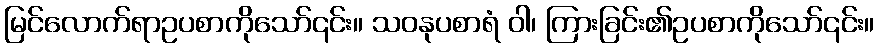
မြင်လောက်ရာဥပစာကိုသော်၎င်း။ သဝနုပစာရံ ဝါ၊ ကြားခြင်း၏ဥပစာကိုသော်၎င်း။